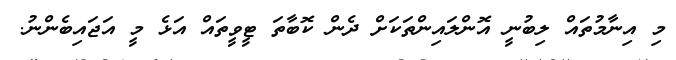
މި އިނާމުތައް ލިބުނީ އޮންލައިންތަކަށް ދެން ކޮބާތަ ޓީވީތައް އަޅެ މީ އަޖައިބެންނު.